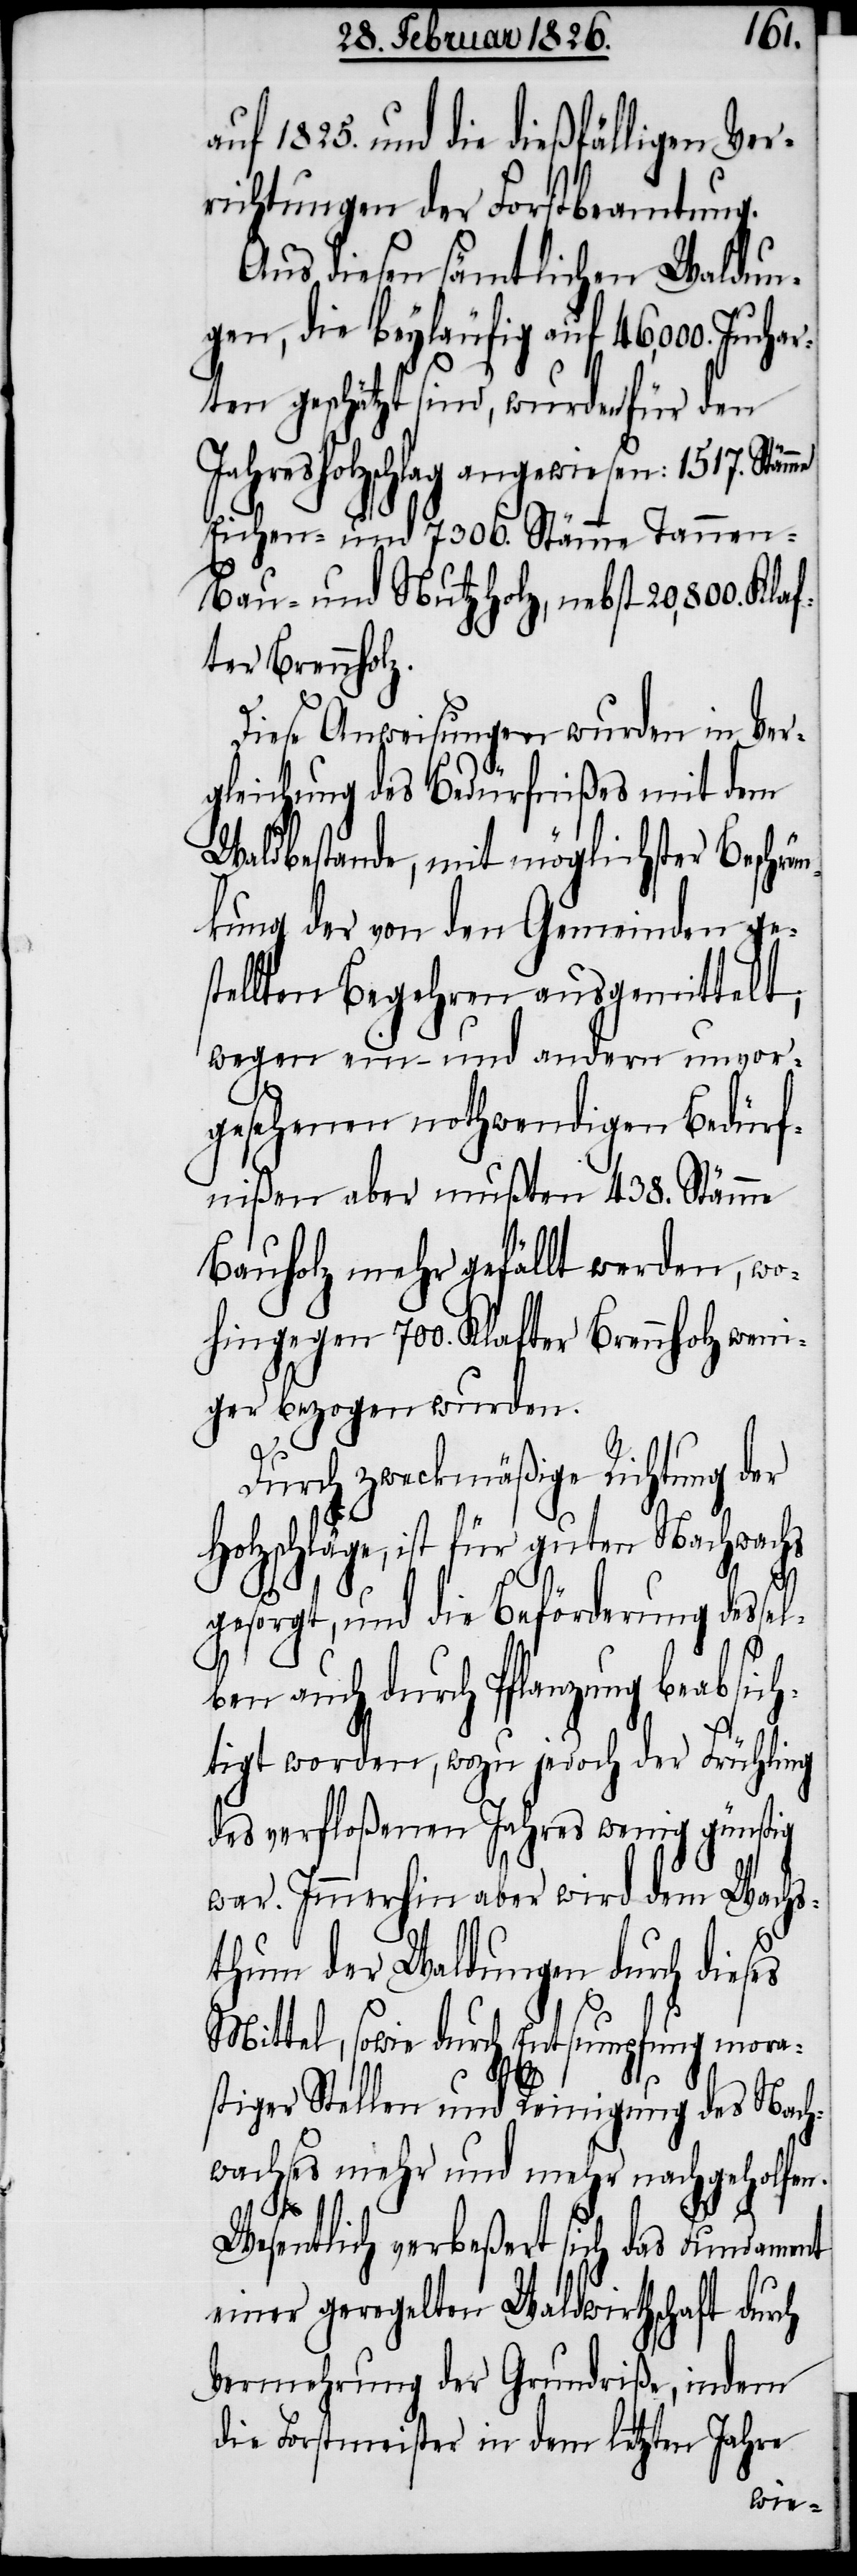
auf 1825. und die dießfälligen Ver¬
richtungen der Forstbeamtung.
Aus diesen sämtlichen Waldun¬
gen, die beyläufig auf 46 000. Juchar¬
ten geschätzt sind, wurden für den
Jahresholzschlag angewiesen: 1517.
Eichen- und 7360. Stämme Tannen-[,]
Bau- und Nutzholz, nebst 20 800. Klaf¬
ter Brennholz.
Diese Anweisungen wurden in Ver¬
gleichung des Bedürfnißes mit dem
Waldbestande, mit möglichster Beschrä¬
nkung der von den Gemeinden ges¬
tellten Begehren ausgemittelt;
wegen ein- und andern unvor¬
gesehenen nothwendigen Bedürf¬
nißen aber mußten 438. Stämme
Bauholz mehr gefällt werden, wo¬
hingegen 700. Klafter Brennholz weni¬
ger bezogen wurden.
Durch zweckmäßige Richtung der
Holzschläge, ist für guten Nachwachs
gesorgt, und die Beförderung dessel¬
ben auch durch Pflanzung beabsich¬
tigt worden, wozu jedoch der Frühling
des verfloßenen Jahres wenig günstig
war. Immerhin aber wird dem Wachs¬
thum der Waldungen durch dieses
Mittel, sowie durch Entsumpfung mora¬
stiger Stellen und Reinigung des Nach¬
wachses mehr und mehr nachgeholfen.
Wesentlich verbeßert sich das Fundament
einer geregelten Waldwirthschaft durch
Vermehrung der Grundriße, indem
die Forstmeister in dem letzten Jahre